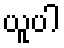
ယူပါ